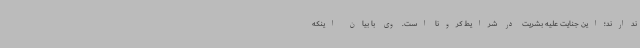
ندارند؛این جنایت علیه بشریت در شرایط کرونا است. وی با بیان اینکه